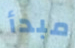
مبدأ